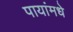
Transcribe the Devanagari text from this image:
पायांमधे